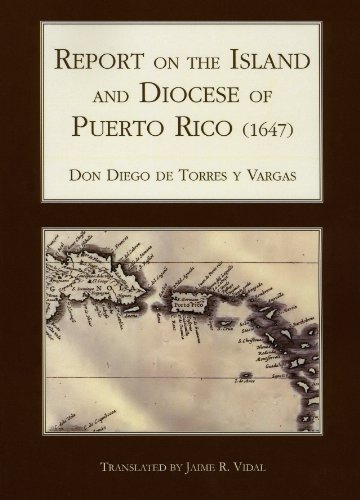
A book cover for Report on the Island and Diocese of Puerto Rico (1647) (Ecos); Canon Diego Torres y Vargas; Travel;